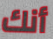
أنك